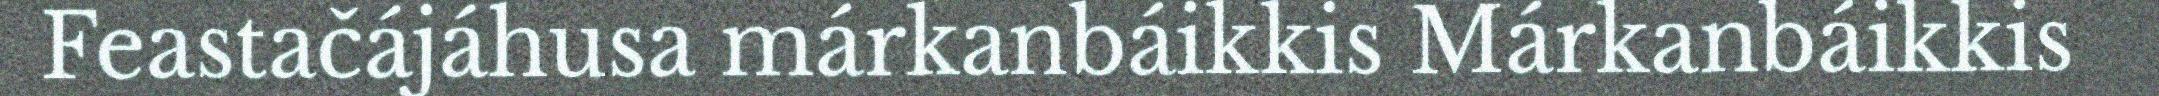
Feastačájáhusa márkanbáikkis Márkanbáikkis